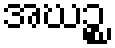
အဃဉ္စ